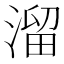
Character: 溜